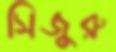
সিজুরু